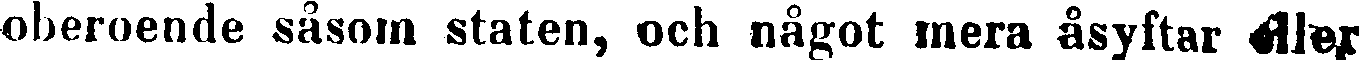
oberoende såsom staten, och något mera åsyftar eller